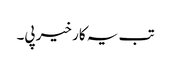
تب یہ کار خیر پی۔